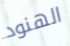
الهنود